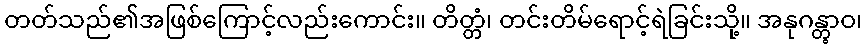
တတ်သည်၏အဖြစ်ကြောင့်လည်းကောင်း။ တိတ္တံ၊ တင်းတိမ်ရောင့်ရဲခြင်းသို့။ အနုဂန္တွာဝ၊